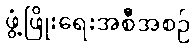
ဖွံ့ဖြိုးရေးအစီအစဉ်